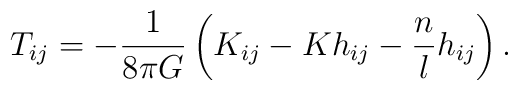
T_{ij}=-\frac{1}{8\pi G} \left(K_{ij}-Kh_{ij}-\frac{n}{l}h_{ij}\right).